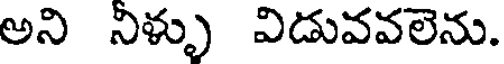
అని నిళ్ళు విడువవలెను.